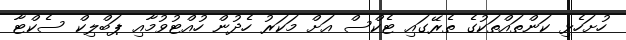
ހުށަހެޅި ކަންތައްތަކުގެ ތެރޭގައި ޓެކްސް އަށް މަކަރު ހެދުން ހުއްޓުވުމާއި ޕަބްލިކް ސެކްޓާ